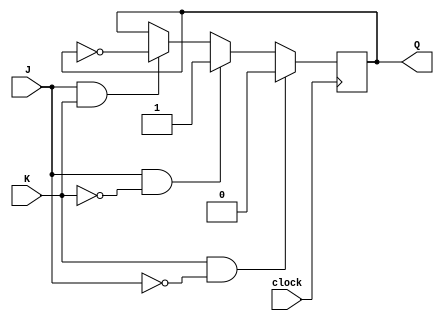
module jk_flipflop (
    input J,
    input K,
    input clock,
    output reg Q
);

always @(posedge clock) begin
    if (K & ~J)
        Q <= 0;
    else if (J & ~K)
        Q <= 1;
    else if (J & K)
        Q <= ~Q;
    else
        Q <= Q;
end

endmodule